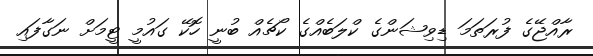
ރާއްޖޭގެ ފުރަތަމަ ޑިވިޝަންގެ ކްލަބެއްގެ ކޯޗެއް ބުނީ ހޮކޭ ގައުމީ ޓީމަށް ނަގާފައި